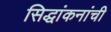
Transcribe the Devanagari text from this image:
सिद्धांकनांची